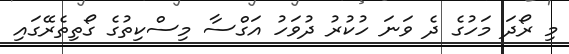
މި ރޯދަ މަހުގެ ދެ ވަނަ ހުކުރު ދުވަހު އަގްސާ މިސްކިތުގެ ގޯތިތެރޭގައި